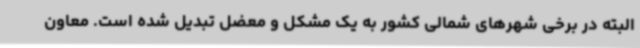
البته در برخی شهرهای شمالی کشور به یک مشکل و معضل تبدیل شده است. معاون